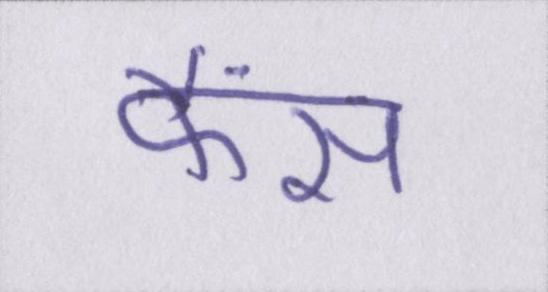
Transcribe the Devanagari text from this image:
फैंस